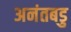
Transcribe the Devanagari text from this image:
अनंतबडु